Leaving Certificate Examination, 1910
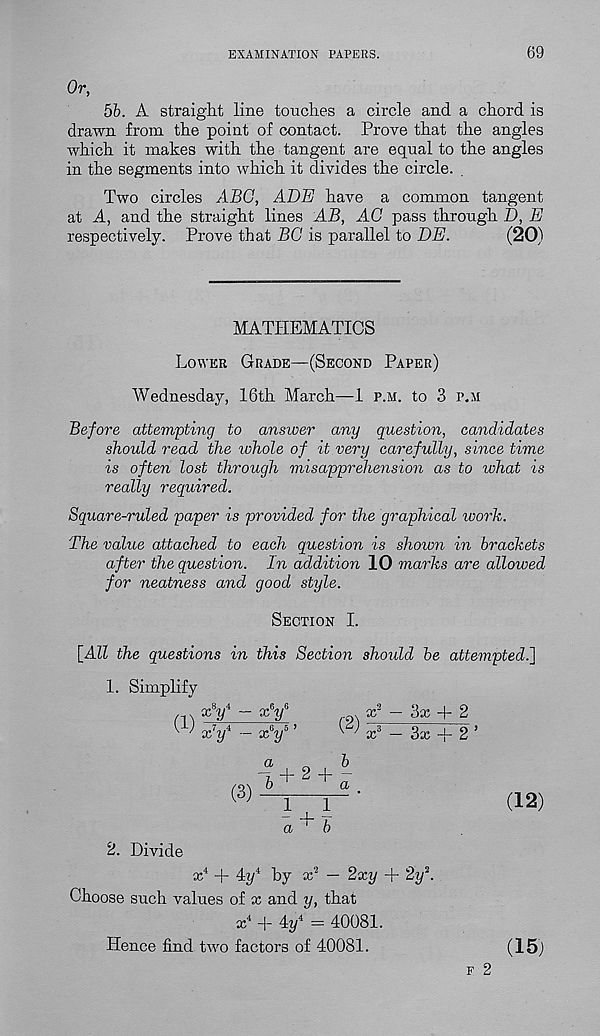
EXAMINATION PAPERS.
69
Or,
5b. A straight line touches a circle and a chord is
drawn from the point of contact. Prove that the angles
which it makes with the tangent are equal to the angles
in the segments into which it divides the circle.
Two circles ABO, ABE have a common tangent
at A, and the straight lines AB, AC pass through D, E
respectively. Prove that BO is parallel to BE.
(20)
MATHEMATICS
Lower Grade—(Second Paper)
Wednesday, 16th March—1 p.m. to 3 p.m
Before attempting to answer any question, candidates
should read the ivhole of it very carefully, since time
is often lost through misapprehension as to what is
really required.
Square-ruled paper is provided for the graphical work.
The value attached to each question is shown in brackets
after the question. In addition 10 marks are allowed
for neatness and good style.
Section I.
[All the questions in this Section should be attempted.']
1. Simplify
(1)
xy
*y
7 4
xy
(3)
l+ 2 + -
6
a
(2)
1
1
a^b
3x + 2
3x
2. Divide
x 4 + 4y 4 by x 2 — 2xy + 2y\
Choose such values of x and y, that
x 4 + 4y 4 = 40081.
Hence find tivo factors of 40081.
(12)
(15)
F 2